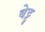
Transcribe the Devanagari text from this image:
बेट्टु